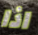
اذا